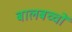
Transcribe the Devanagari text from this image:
बालबच्चों